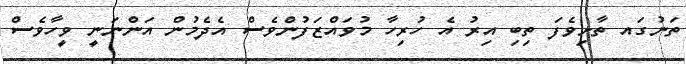
ތަނުގައ ތާށިވެފަ ތިބި އިރު އެ ހުރިހާ މުވައްޒަފުންވެސް އެދެމުން އަންނަނީ ވީހާވެސް